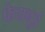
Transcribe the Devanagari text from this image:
फेयनूर्ड